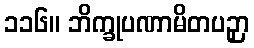
၁၁၆။ ဘိက္ခုပဏာမိတပဉှာ